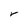
Character: V